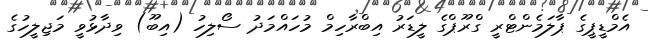
އެމްޑީޕީގެ ޕާލަމެންޓްރީ ގްރޫޕްގެ ލީޑަރު އިބްރާހިމް މުހައްމަދު ސޯލިހު (އިބޫ) ވިދާޅުވީ މަޖިލީހުގެ